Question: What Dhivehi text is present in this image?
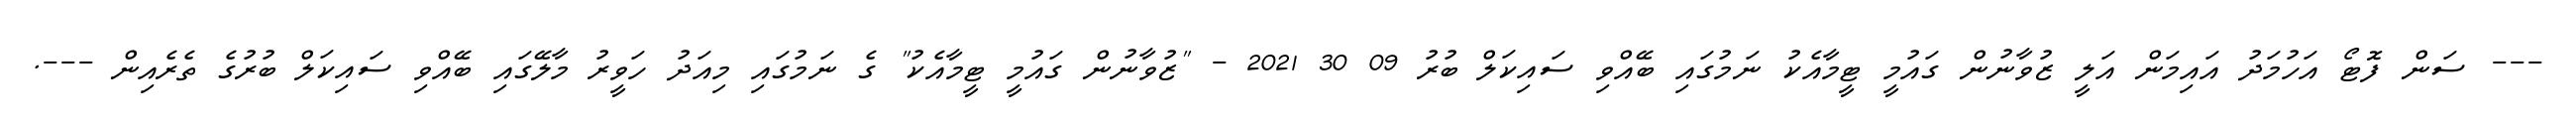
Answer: --- ސަން ފޮޓޯ އަހުމަދު އައިމަން އަލީ ޒުވާނުން ގައުމީ ޓީމާއެކު ނަމުގައި ބޭއްވި ސައިކަލް ބުރު 09 30 2021 - "ޒުވާނުން ގައުމީ ޓީމާއެކު" ގެ ނަމުގައި މިއަދު ހަވީރު މާލޭގައި ބޭއްވި ސައިކަލް ބުރުގެ ތެރެއިން ---.